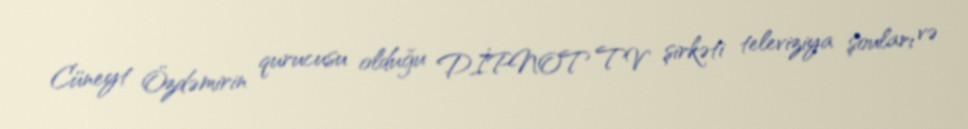
Cüneyt Özdəmirin qurucusu olduğu DİPNOT TV şirkəti televiziya şouları və